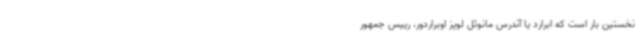
نخستین بار است که ابرارد یا آندرس مانوئل لوپز اوبراردور، رییس جمهور